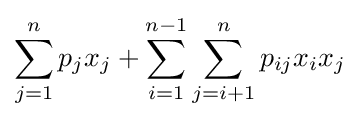
\sum _{j=1}^{n}p_{j}x_{j}+\sum _{i=1}^{n-1}\sum _{j=i+1}^{n}p_{ij}x_{i}x_{j}